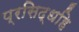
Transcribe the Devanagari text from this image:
प्रसिद्धहि